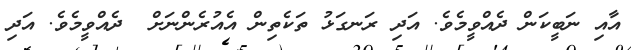
އާއި ނަބީކަން ދެއްވީމެވެ. އަދި ރަނގަޅު ތަކެތިން އެއުރެންނަށް  ދެއްވީމެވެ. އަދި